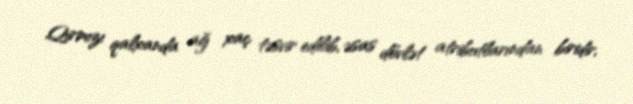
Qırmızı qalxanda ağ xaç təsvir edilib, əsas dövlət atributlarından biridir,